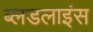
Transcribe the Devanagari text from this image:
ब्लडलाइंस